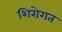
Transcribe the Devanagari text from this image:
शिरोगत